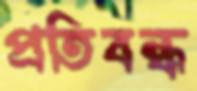
প্রতিবন্ধ